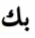
بك